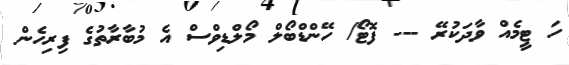
ހަ ޓީމެއް ވާދަކުރޭ --- ފޮޓޯ/ ހޭންޑްބޯލް މޯލްޑިވްސް އެ މުބާރާތުގެ ފިރިހެން